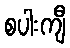
စပါးကျီ